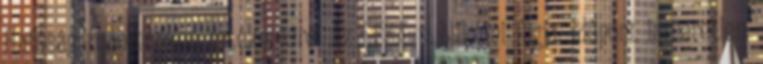
Hatóság tudományos értékelésre. Az EFSA publikálni fogja. Időpont ismeretlen.